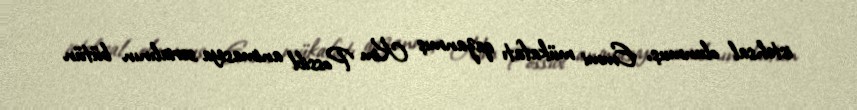
istehsal olunmuş, Emmi mükafatı qazanmış Kim Possibl animasiya serialının bütün